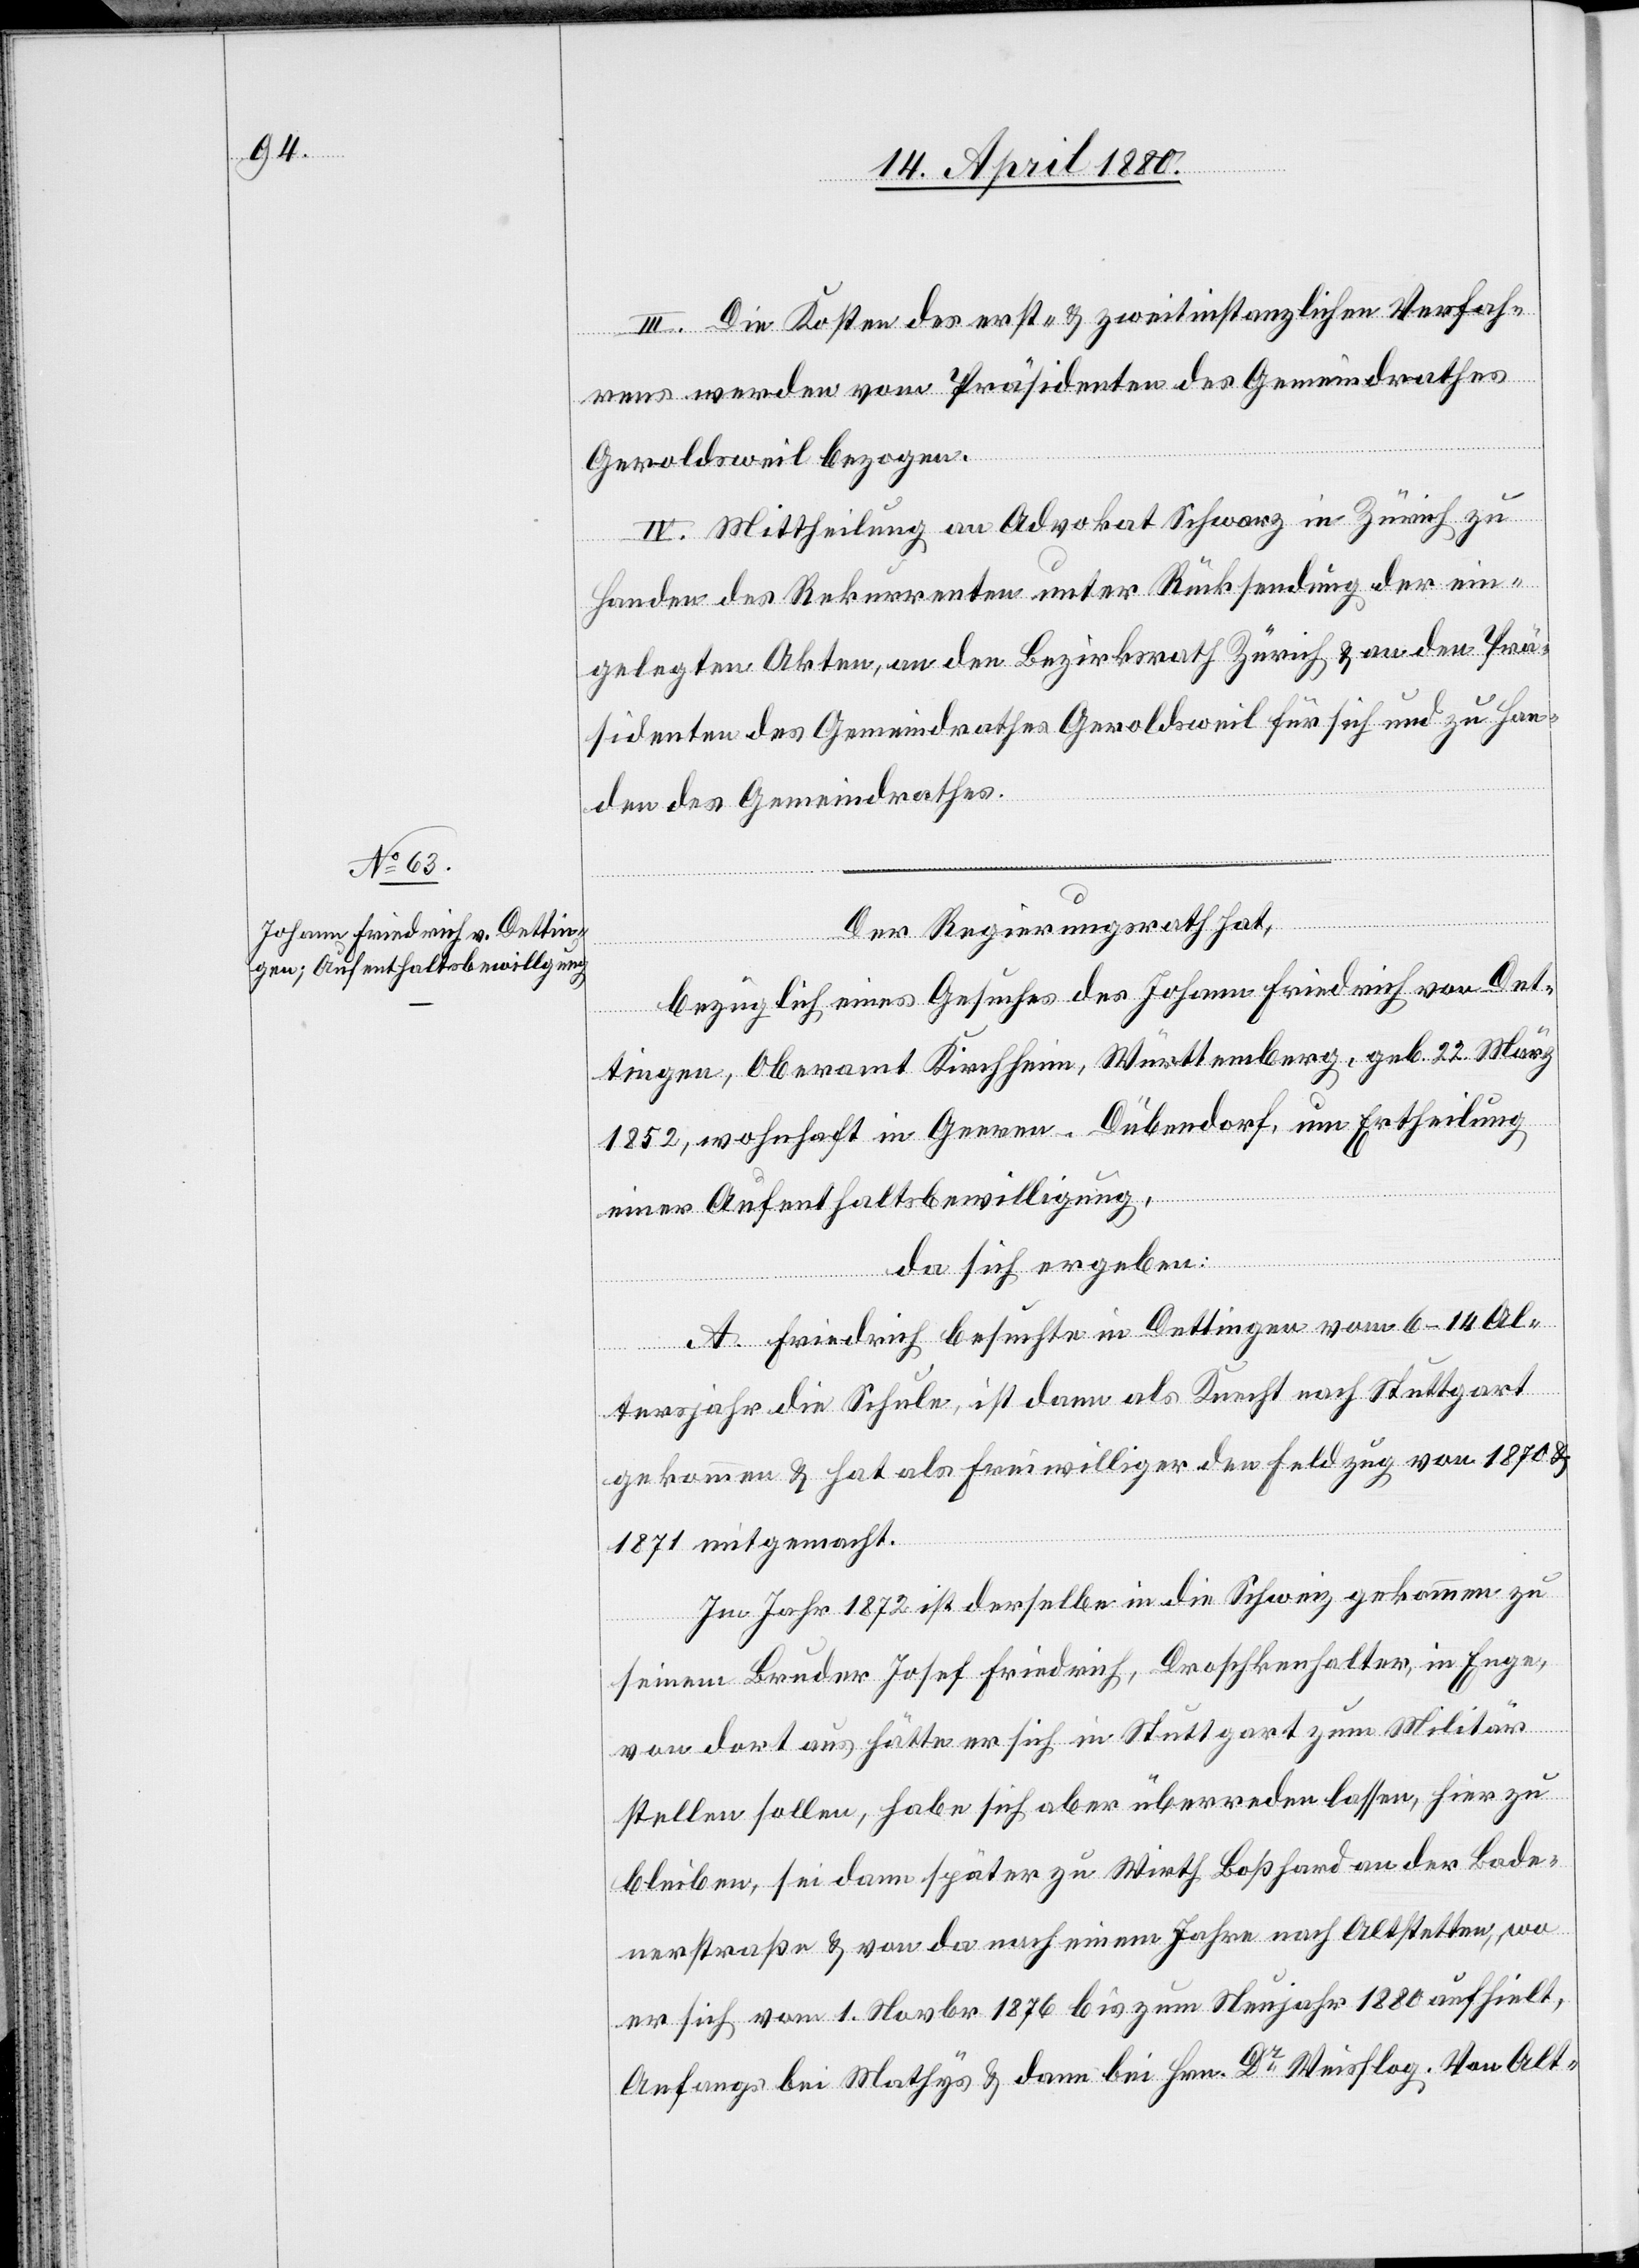
III. Die Kosten der erst- & zweitinstanzlichen Verfah¬
rens werden vom Präsidenten des Gemeindrathes
Geroldsweil bezogen.
IV. Mittheilung an Advokat Schwarz in Zürich zu
Handen des Rekurrenten unter Rücksendung der ein¬
gelegten Akten, an den Bezirksrath Zürich & an den Prä¬
sidenten des Gemeindrathes Geroldsweil für sich und zu Han¬
den des Gemeindrathes.
Der Regierungsrath hat,
bezüglich eines Gesuches des Johann Friedrich von Det¬
tlingen, Oberamt Kirchheim, Württemberg, geb. 22. März
1852, wohnhaft in Geeren - Dübendorf, um Ertheilung
einer Aufenthaltsbewilligung,
da sich ergeben:
A. Friedrich besuchte in Dettlingen vom 6–14. Al¬
tersjahr die Schule, ist dann als Knecht nach Stuttgart
gekommen & hat als Freiwilliger den Feldzug von 1870 &
1871 mitgemacht.
Im Jahr 1872 ist derselbe in die Schweiz gekommen zu
seinem Bruder Josef Friedrich, Droschkenhalter, in Enge,
von dort aus hätte er sich in Stuttgart zum Militär
stellen sollen, habe sich aber überreden lassen, hier zu
bleiben, sei dann später zu Wirth Boßhard an der Bade¬
nerstraße & von da nach einem Jahre nach Altstetten, wo
er sich vom 1. Novbr. 1876 bis zum Neujahr 1880 aufhielt,
Anfangs bei Mathys & dann bei Hrn. Dr Weislog. Von Alt-